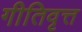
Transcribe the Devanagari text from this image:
गीतिवृत्त